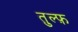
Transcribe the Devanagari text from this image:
तुल्फ़